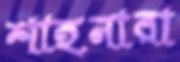
শাহনারা